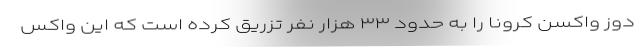
دوز واکسن کرونا را به حدود ۳۳ هزار نفر تزریق کرده است که این واکس